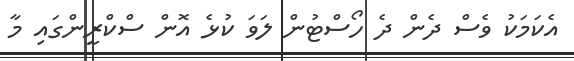
އެކަމަކު ވެސް ދެން ދެ ހޯސްޓުން ލަވަ ކުޅެ އޮން ސްކްރީންގައި މާ